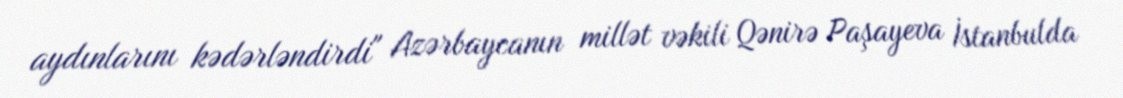
aydınlarını kədərləndirdi" Azərbaycanın millət vəkili Qənirə Paşayeva İstanbulda